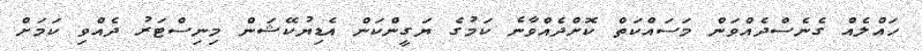
ހައްލެއް ގެނެސްދެއްވަން މަސައްކަތް ކޮށްދެއްވާނެ ކަމުގެ ޔަގީންކަން އެޑިޔުކޭޝަން މިނިސްޓަރު ދެއްވި ކަމަށް